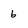
Character: b